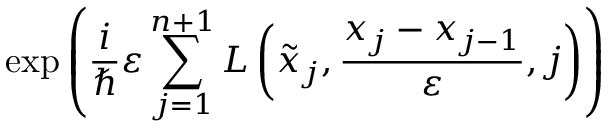
\exp \left( { \frac { i } { \hbar } } \varepsilon \sum _ { j = 1 } ^ { n + 1 } L \left( { \tilde { x } } _ { j } , { \frac { x _ { j } - x _ { j - 1 } } { \varepsilon } } , j \right) \right)